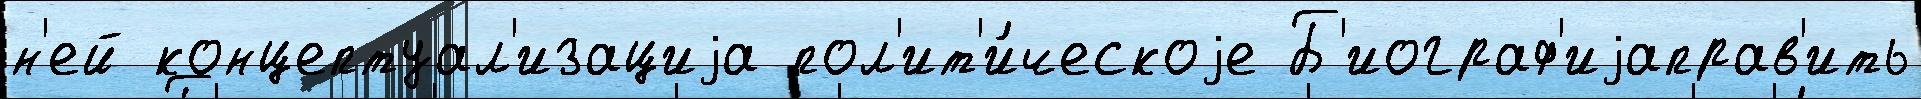
н'ей концептуал'изациjа пол'ит'и́ческоjе Б'иограф'иjаправ'ить